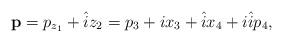
LaTeX: \begin{align*}\textbf{p}=p_{z_1}+\hat{i}z_2=p_3+ix_3+\hat{i}x_4+i\hat{i}p_4,\end{align*}